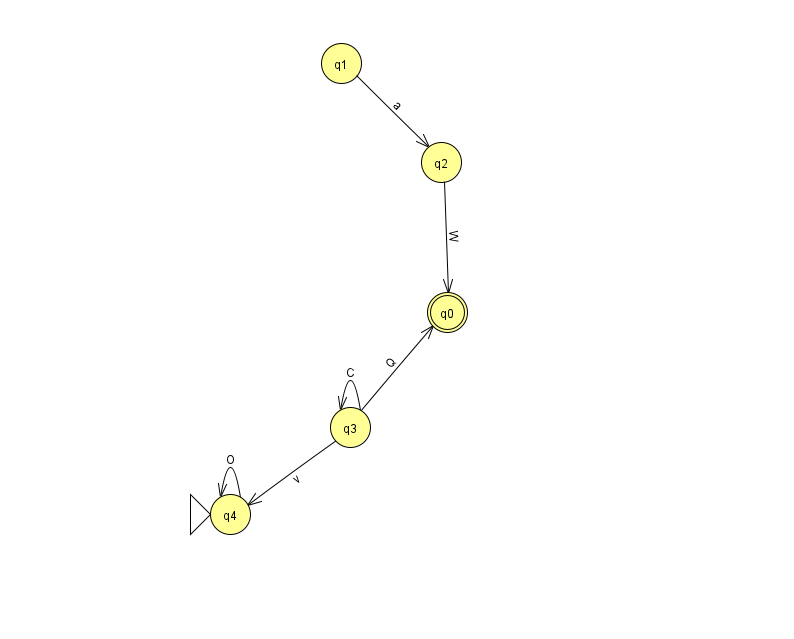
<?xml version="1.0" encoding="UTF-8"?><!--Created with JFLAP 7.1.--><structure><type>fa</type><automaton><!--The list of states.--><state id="0" name="q0"><x>447.0</x><y>299.0</y><final/></state><state id="1" name="q1"><x>341.0</x><y>50.0</y></state><state id="2" name="q2"><x>441.0</x><y>149.0</y></state><state id="3" name="q3"><x>350.0</x><y>414.0</y></state><state id="4" name="q4"><x>230.0</x><y>501.0</y><initial/></state><!--The list of transitions.--><transition><from>2</from><to>0</to><read>W</read></transition><transition><from>3</from><to>3</to><read>C</read></transition><transition><from>3</from><to>0</to><read>Q</read></transition><transition><from>1</from><to>2</to><read>a</read></transition><transition><from>3</from><to>4</to><read>v</read></transition><transition><from>4</from><to>4</to><read>O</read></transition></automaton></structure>